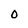
Character: O